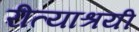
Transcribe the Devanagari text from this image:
रीत्याश्रयी